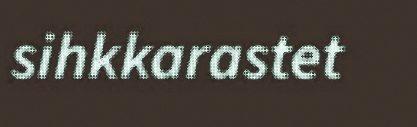
sihkkarastet